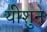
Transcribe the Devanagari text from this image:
यीशुन